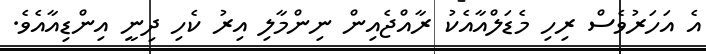
އެ އަހަރުވެސް ރިހި މެޑަލްއާއެކު ރާއްޖެއިން ނިންމާލި އިރު ކެހި ދިނީ އިންޑިއާއެވެ.